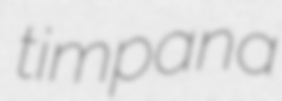
timpana